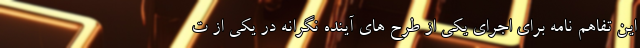
این تفاهم نامه برای اجرای یکی از طرح های آینده نگرانه در یکی از ت